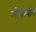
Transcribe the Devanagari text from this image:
मोपल्यांनी